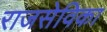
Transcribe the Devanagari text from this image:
राजसेविका